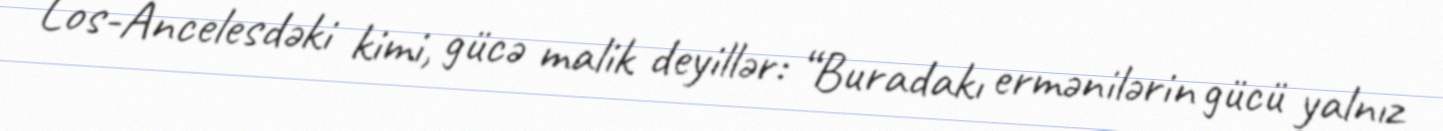
Los-Ancelesdəki kimi, gücə malik deyillər: “Buradakı ermənilərin gücü yalnız